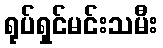
ရုပ်ရှင်မင်းသမီး